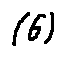
( 6 )